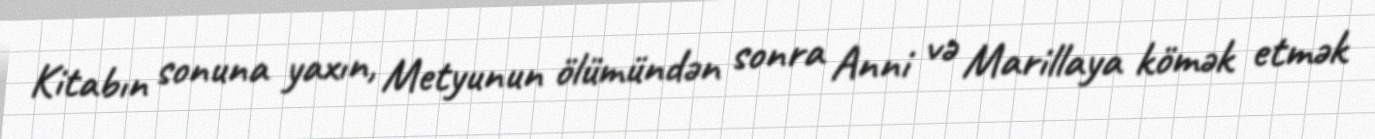
Kitabın sonuna yaxın, Metyunun ölümündən sonra Anni və Marillaya kömək etmək